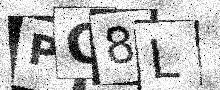
Text: PC8L